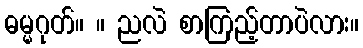
ဓမ္မဂုတ်။ ။ ညလဲ စာကြည့်တာပဲလား။